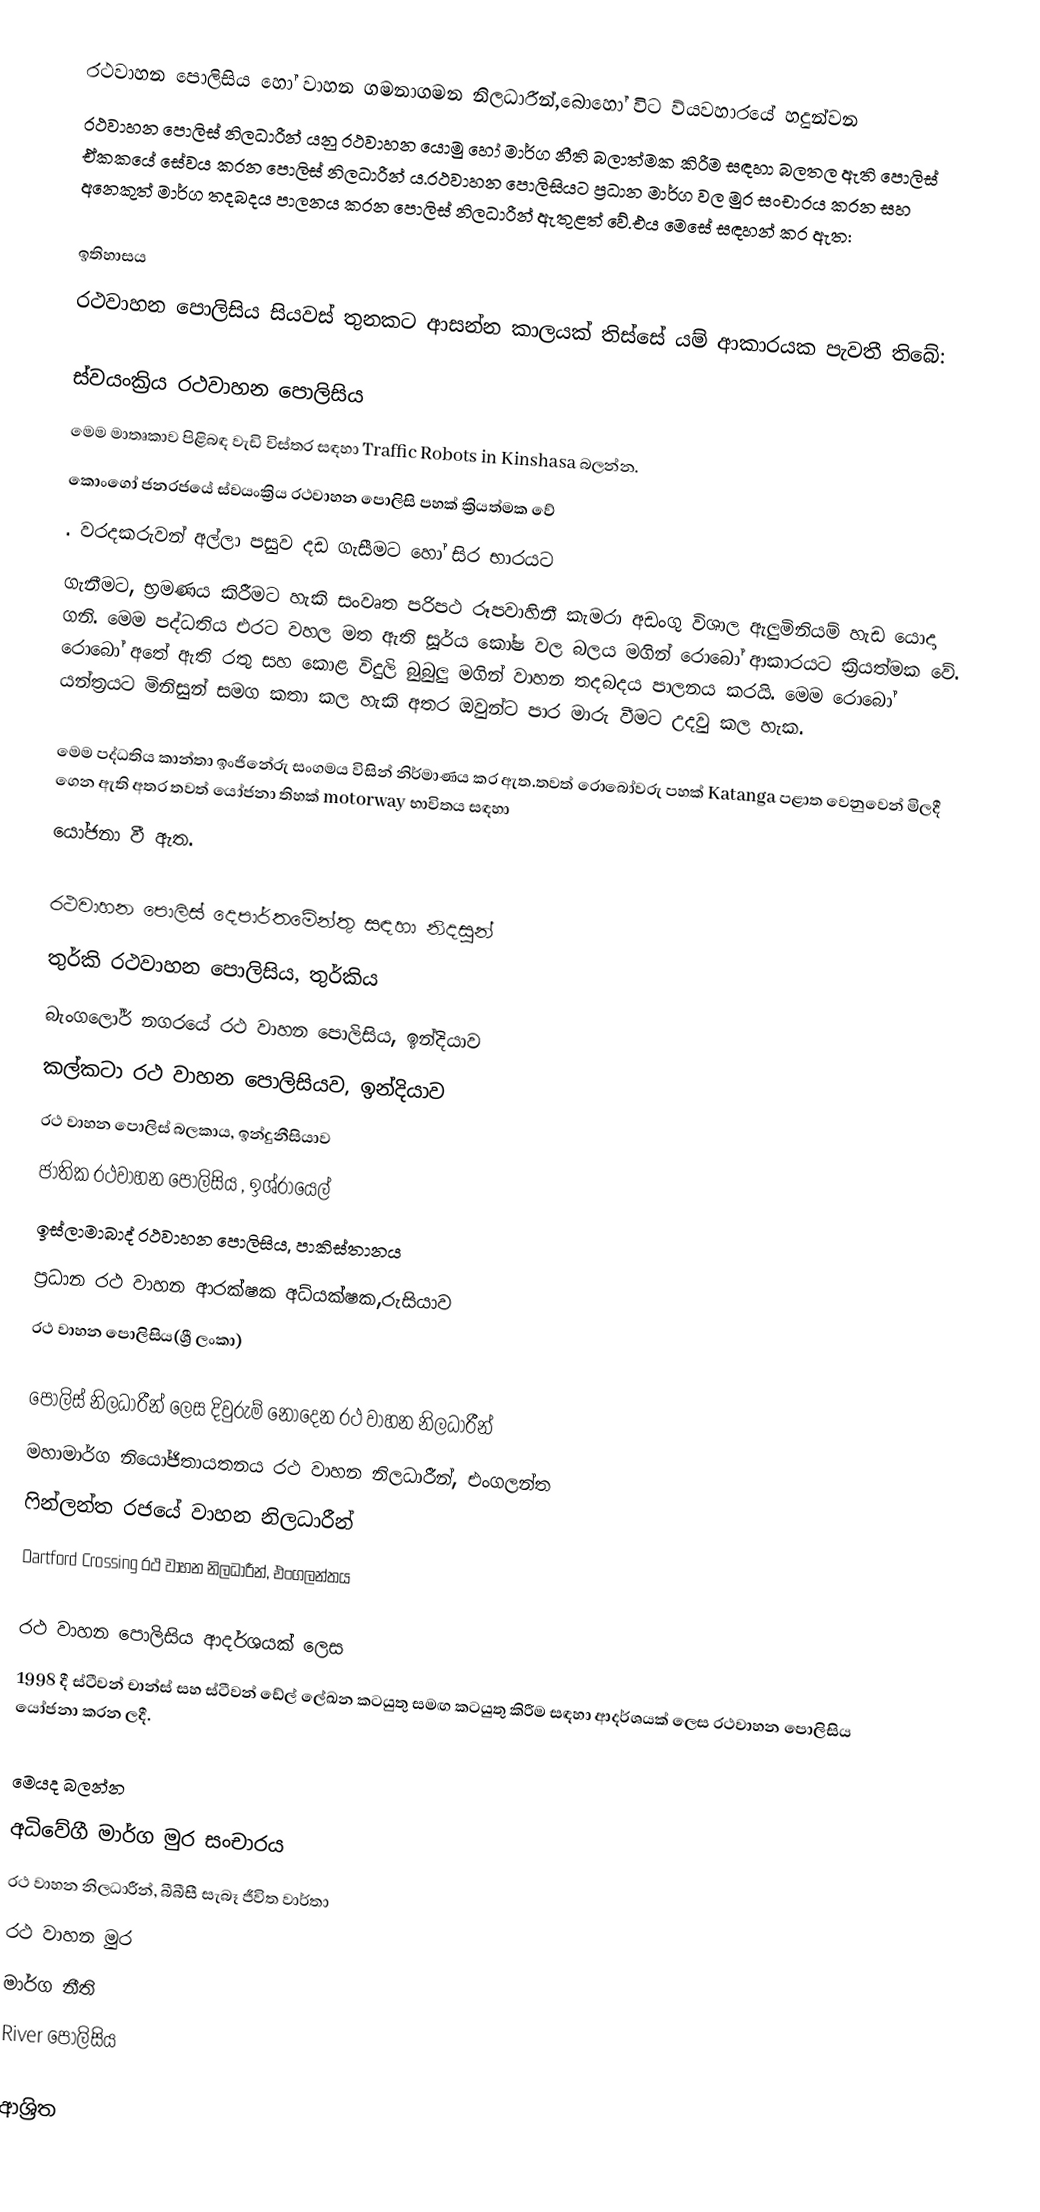
රථවාහන පොලිසිය හෝ  වාහන ගමනාගමන නිලධාරීන්,බොහෝ විට ව්යවහාරයේ හදුන්වන
රථවාහන පොලිස් නිලධාරීන් යනු රථවාහන යොමු හෝ මාර්ග නීති බලාත්මක කිරීම සඳහා බලතල ඇති පොලිස් ඒකකයේ සේවය කරන පොලිස් නිලධාරීන් ය.රථවාහන පොලිසියට ප්‍රධාන මාර්ග වල මුර සංචාරය කරන සහ අනෙකුත් මාර්ග තදබදය  පාලනය කරන පොලිස් නිලධාරීන් ඇතුළත් වේ.එය මෙසේ  සඳහන් කර ඇත:

ඉතිහාසය
රථවාහන පොලිසිය සියවස් තුනකට ආසන්න කාලයක් තිස්සේ යම් ආකාරයක පැවතී තිබේ:

ස්වයංක්‍රිය රථවාහන පොලිසිය
මෙම මාතෘකාව පිළිබඳ වැඩි විස්තර සඳහා Traffic Robots in Kinshasa බලන්න.
කොංගෝ ජනරජයේ ස්වයංක්‍රිය රථවාහන පොලිසි පහක් ක්‍රියත්මක වේ
. වරදකරුවන් අල්ලා පසුව දඩ ගැසීමට හෝ සිර  භාරයට
ගැනීමට, භ්‍රමණය කිරීමට හැකි සංවෘත පරිපථ රූපවාහිනී කැමරා අඩංගු විශාල ඇලුමිනියම් හැඩ යොදා ගනි. මෙම පද්ධතිය එරට වහල මත ඇති  සූර්ය කෝෂ වල බලය මගින් රොබෝ ආකාරයට  ක්‍රියත්මක වේ. රොබෝ අතේ ඇති රතු සහ කොළ විදුලි බුබුලු මගින් වාහන තදබදය පාලනය කරයි. මෙම රොබෝ යන්ත්‍රයට මිනිසුන් සමග කතා කල හැකි අතර ඔවුන්ට පාර මාරු වීමට උදවු කල හැක.

මෙම පද්ධතිය කාන්තා ඉංජිනේරු සංගමය විසින් නිර්මාණය කර  ඇත.තවත් රොබෝවරු පහක් Katanga පළාත වෙනුවෙන් මිලදී ගෙන ඇති අතර තවත් යෝජනා තිහක් motorway භාවිතය සඳහා
යෝජනා වී ඇත.

රථවාහන පොලිස් දෙපාර්තමේන්තු සඳහා නිදසුන්
 තුර්කි රථවාහන පොලිසිය, තුර්කිය
 බැංගලෝර් නගරයේ රථ වාහන පොලිසිය, ඉන්දියාව
 කල්කටා රථ වාහන පොලිසියව, ඉන්දියාව
 රථ වාහන පොලිස් බලකාය, ඉන්දුනීසියාව
 ජාතික රථවාහන පොලිසිය , ඉශ්රායෙල්
 ඉස්ලාමාබාද් රථවාහන පොලිසිය, පාකිස්තානය
 ප්‍රධාන රථ වාහන ආරක්ෂක අධ්යක්ෂක,රුසියාව
රථ වාහන පොලිසිය(ශ්‍රී ලංකා)

පොලිස් නිලධාරීන් ලෙස දිවුරුම් නොදෙන රථ වාහන නිලධාරීන්
 මහාමාර්ග නියෝජිතායතනය රථ වාහන නිලධාරීන්, එංගලන්ත
ෆින්ලන්ත රජයේ වාහන නිලධාරීන්
 Dartford Crossing රථ වාහන නිලධාරීන්, එංගලන්තය

රථ වාහන පොලිසිය ආදර්ශයක් ලෙස
1998 දී ස්ටීවන් චාන්ස් සහ ස්ටීවන් ඩේල් ලේඛන කටයුතු සමඟ කටයුතු කිරීම සඳහා ආදර්ශයක් ලෙස රථවාහන පොලිසිය යෝජනා කරන ලදී.

මෙයද බලන්න
 අධිවේගී මාර්ග මුර සංචාරය
 රථ වාහන නිලධාරීන්, බීබීසී සැබෑ ජීවිත වාර්තා
 රථ වාහන මුර
 මාර්ග නීති
 River පොලිසිය

ආශ්‍රිත